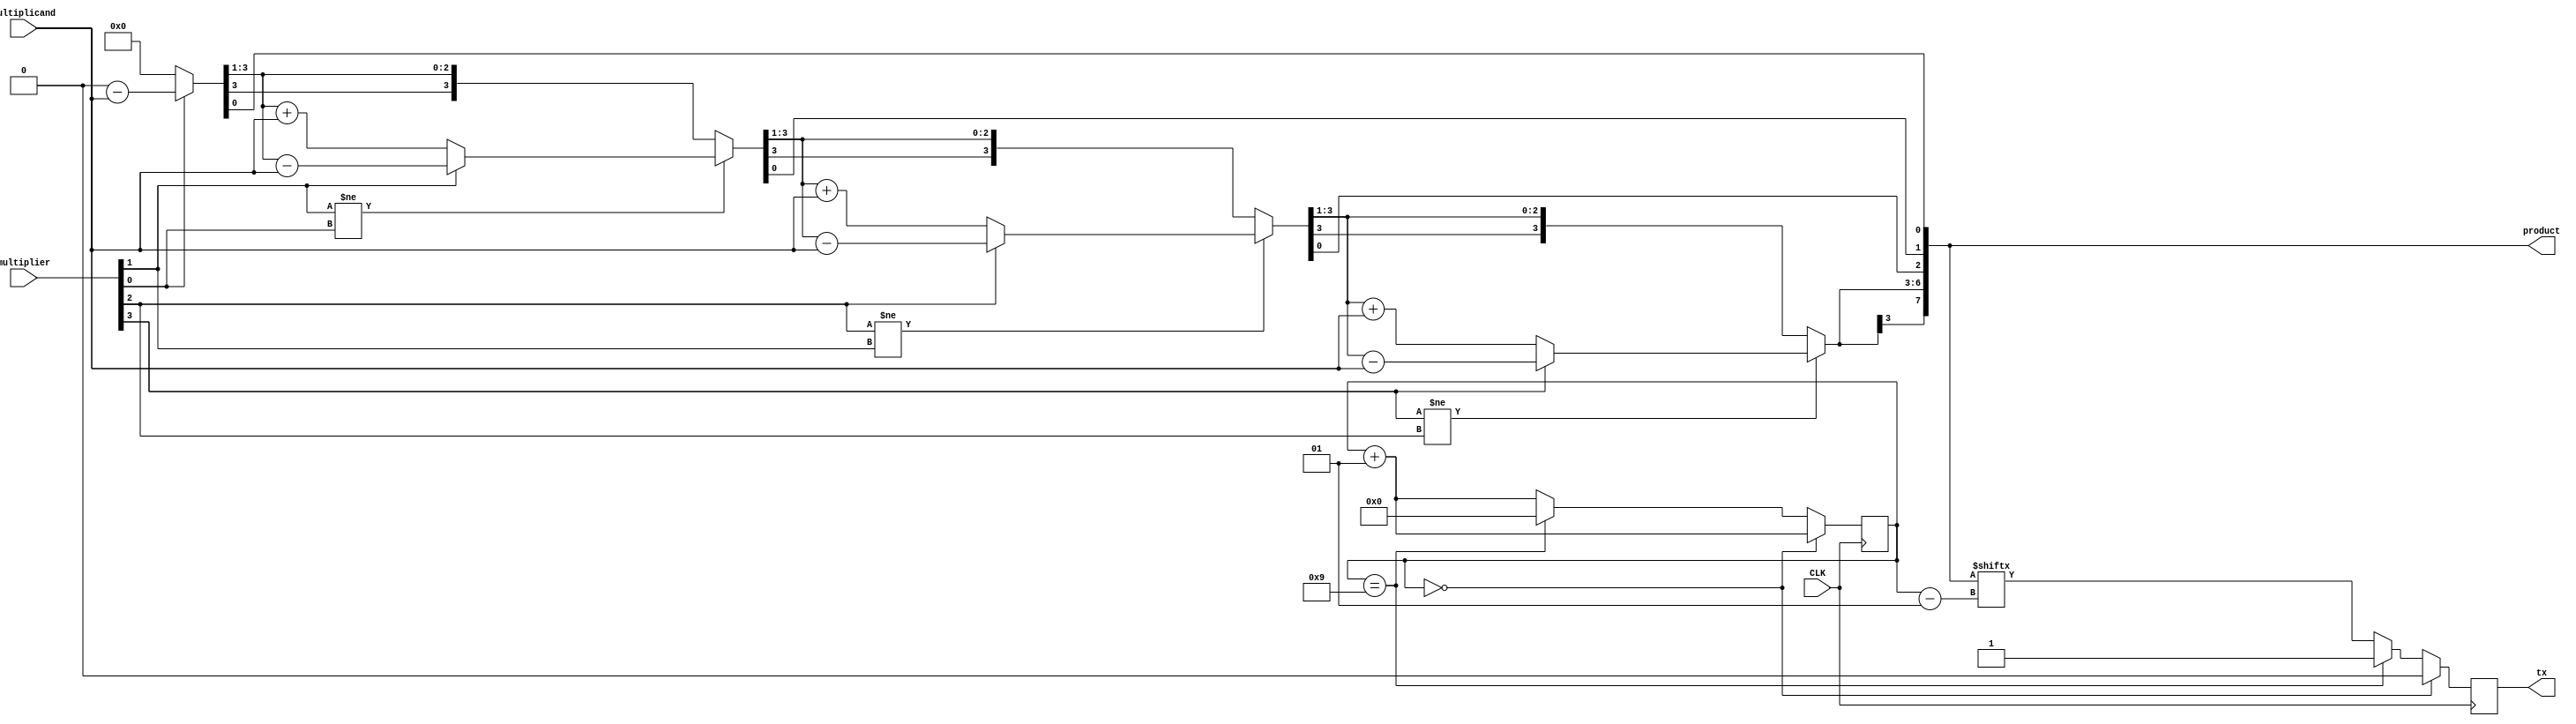
module booth_multiplier(
    input wire signed [3:0] multiplier, 
    input wire signed [3:0] multiplicand,
    input wire CLK,     // Global Clock
    output reg tx,
    output wire signed [7:0] product);

    reg signed [3:0] acc;
	reg signed [3:0] Q;
    reg signed [3:0] Q_temp;
	reg q_minus;
    reg q_minus_temp;

    // serial transfer variable:
    integer selector;

    initial begin
        selector = 0;
    end

    integer i;
    always @(multiplier or multiplicand) begin
        acc = 0;
        q_minus = 0;
        Q = multiplier;
        for (i = 0; i < 4; i = i + 1)
        begin
            q_minus_temp = q_minus;
            Q_temp = Q;

            q_minus = Q[0];
            Q = Q>>1;

            if(Q_temp[0] != q_minus_temp)
            begin
                if (Q_temp[0] == 0)
                begin
                    acc = acc + multiplicand;
                end

                else
                begin
                    acc = acc - multiplicand;
                end
            end

            Q[3] = acc[0];
            acc = acc>>>1;
        end
    end

    always @(posedge CLK) begin

        if(selector == 0) begin
            tx = 1'b0;
            selector = selector + 1;
        end
        else if (selector == 9) begin
            tx = 1'b1;
            selector = 0;
        end
        else begin
            tx = product[selector - 1];
            //$display("selector = %b product[%b] = %b tx = %b", selector, selector, product[selector], tx);
            selector = selector + 1;
        end
        
    end

    assign product[7:4] = acc;
    assign product[3:0] = Q;
endmodule